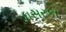
ધસરકા